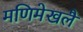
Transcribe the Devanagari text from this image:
मणिमेखलै